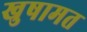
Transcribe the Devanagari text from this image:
खुषामत